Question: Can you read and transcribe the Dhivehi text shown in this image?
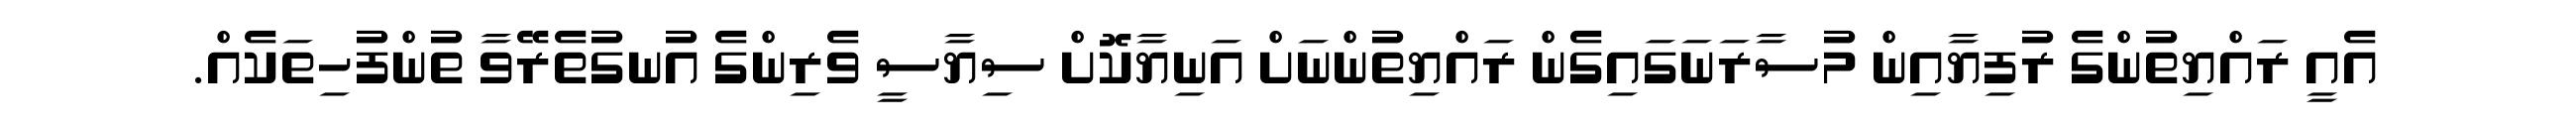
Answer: އެއީ ރައްޔިތުންގެ ރުފިޔާއިން މުސާރަނަގައިގެން ރައްޔިތުންނަށް އަނިޔާކޮށް ސިޔާސީ ވެރިންގެ އުނގުތެރޭވާ ތުންފުހިތަކެއް.